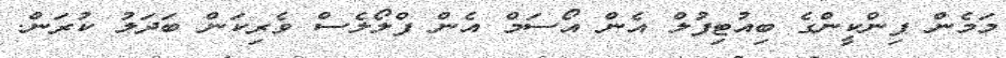
މަމެން ޕިންކީންގެ ބިއުޓިފުލް އެން އޯސަމް އެން ފްލޯލެސް ވެރިކަން ބަދަލު ކުރަން.